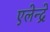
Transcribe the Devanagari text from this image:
एलेन्द्रे